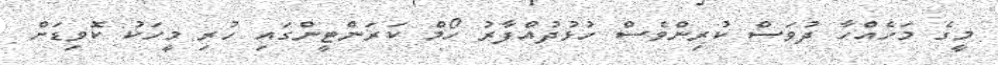
މީގެ މަހެއްހާ ދުވަސް ކުރިންވެސް ހުޅުދުއްފާރު ހޯމް ކަރަންޓީންގައި ހުރި މީހަކު ކޮވިޑަށް